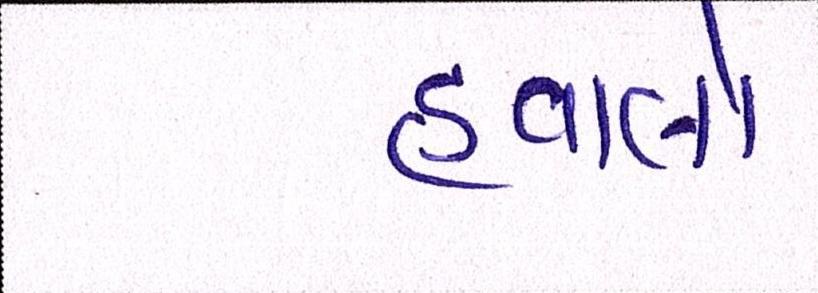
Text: હવાલો